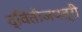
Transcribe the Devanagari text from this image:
द्वितीजपत्री